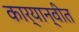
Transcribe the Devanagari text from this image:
कार्यान्‍वीत